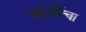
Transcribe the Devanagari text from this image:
जॉर्जीचा